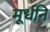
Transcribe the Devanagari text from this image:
मूर्धनि